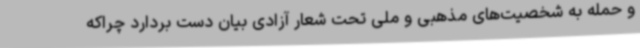
و حمله به شخصیت‌های مذهبی و ملی تحت شعار آزادی بیان دست بردارد چراکه